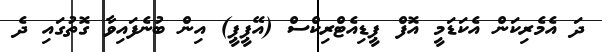
ދަ އެމެރިކަން އެކަޑަމީ އޮފް ޕީޑިއެޓްރިކްސް (އޭޕީޕީ) އިން ބުނެފައިވާ ގޮތުގައި ދެ